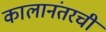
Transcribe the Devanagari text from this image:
कालानंतरची